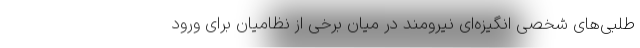
طلبی‌های شخصی انگیزه‌ای نیرومند در میان برخی از نظامیان برای ورود